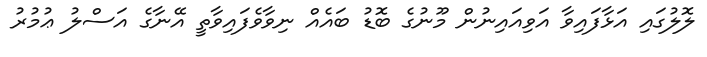
ލޮލުގައި އަޅާފައިވާ އަވިއައިނުން މޫނުގެ ބޮޑު ބައެއް ނިވާވެފައިވާތީ އޭނާގެ އަސްލު ޢުމުރު